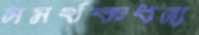
সমর্থকধন্য